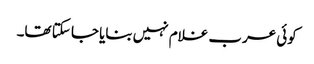
کوئی عرب غلام نہیں بنایا جا سکتا تھا۔